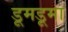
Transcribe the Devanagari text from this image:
डूमडूमा